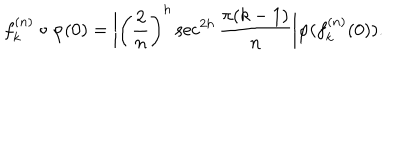
f _ { k } ^ { ( n ) } \circ \varphi ( 0 ) = \bigg | \left( \frac { 2 } { n } \right) ^ { h } \sec ^ { 2 h } \frac { \pi ( k - 1 ) } { n } \bigg | \varphi ( f _ { k } ^ { ( n ) } ( 0 ) ) .